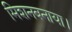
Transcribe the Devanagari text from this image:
मिशनबनाया।